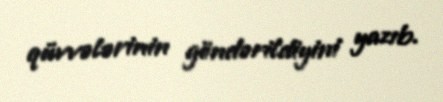
qüvvələrinin göndərildiyini yazıb.